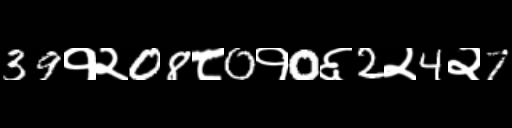
Text: 39१२08८0१0६2२4२7